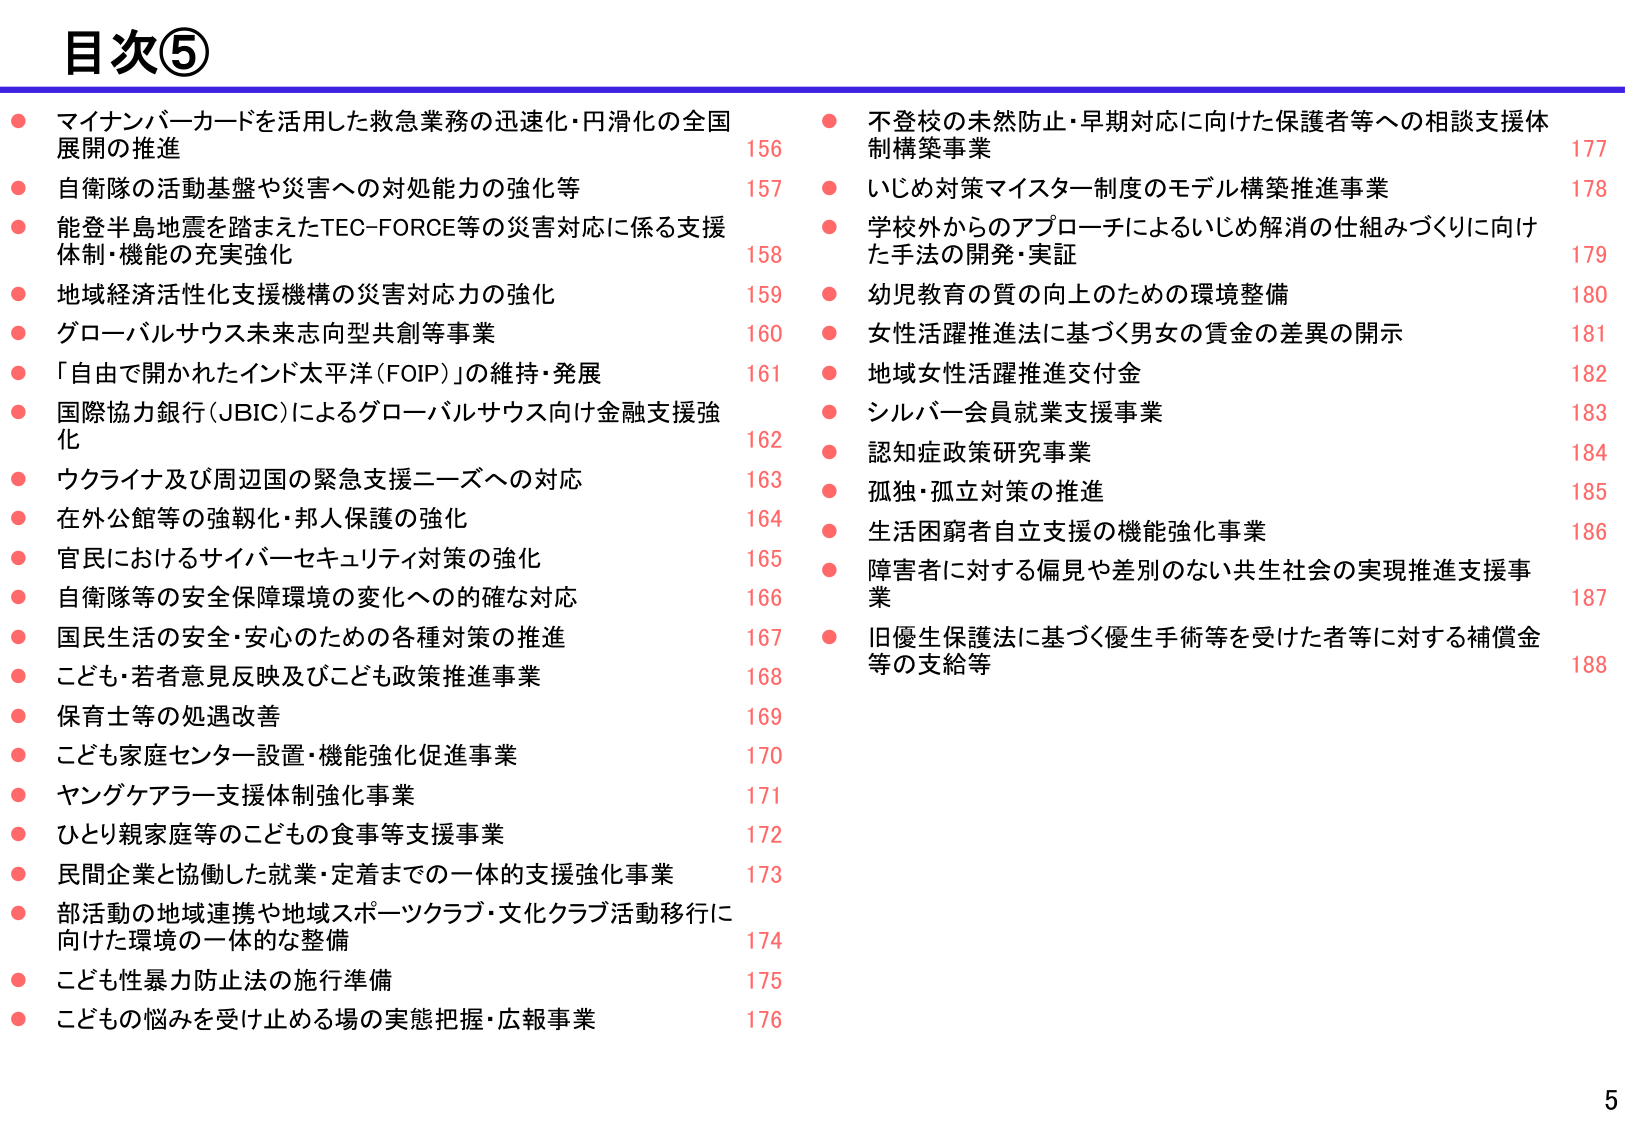
目次⑤

● マイナンバーカードを活用した救急業務の迅速化・円滑化の全国展開の推進 156
● 自衛隊の活動基盤や災害への対処能力の強化等 157
● 能登半島地震を踏まえたTEC-FORCE等の災害対応に係る支援体制・機能の充実強化 158
● 地域経済活性化支援機構の災害対応力の強化 159
● グローバルサウス未来志向型共創等事業 160
● 「自由で開かれたインド太平洋（FOIP）」の維持・発展 161
● 国際協力銀行（JBIC）によるグローバルサウス向け金融支援強化 162
● ウクライナ及び周辺国の緊急支援ニーズへの対応 163
● 在外公館等の強靭化・邦人保護の強化 164
● 官民におけるサイバーセキュリティ対策の強化 165
● 自衛隊等の安全保障環境の変化への的確な対応 166
● 国民生活の安全・安心のための各種対策の推進 167
● こども・若者意見反映及びこども政策推進事業 168
● 保育士等の処遇改善 169
● こども家庭センター設置・機能強化促進事業 170
● ヤングケアラー支援体制強化事業 171
● ひとり親家庭等のこどもの食事等支援事業 172
● 民間企業と協働した就業・定着まで的一体的支援強化事業 173
● 部活動の地域連携や地域スポーツクラブ・文化クラブ活動移行に向けた環境の一体的な整備 174
● こども性暴力防止法の施行準備 175
● こどもの悩みを受け止める場の実態把握・広報事業 176

● 不登校の未然防止・早期対応に向けた保護者等への相談支援体制構築事業 177
● いじめ対策マイスター制度のモデル構築推進事業 178
● 学校外からのアプローチによるいじめ解消の仕組みづくりに向けた手法の開発・実証 179
● 幼児教育の質の向上のための環境整備 180
● 女性活躍推進法に基づく男女の賃金の差異の開示 181
● 地域女性活躍推進交付金 182
● シルバー会員就業支援事業 183
● 認知症政策研究事業 184
● 孤独・孤立対策の推進 185
● 生活困窮者自立支援の機能強化事業 186
● 障害者に対する偏見や差別のない共生社会の実現推進支援事業 187
● 旧優生保護法に基づく優生手術等を受けた者等に対する補償金等の支給等 188

5